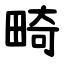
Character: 畸